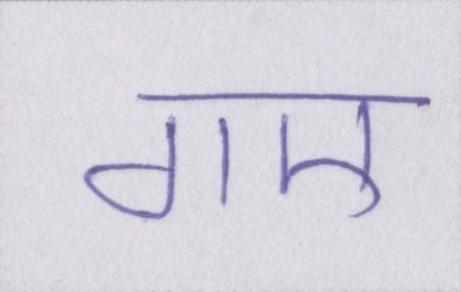
गए